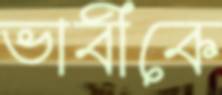
ভাবীকে